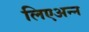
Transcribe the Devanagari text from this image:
लिएअन्न